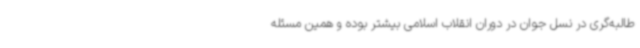
طالبه‌گری در نسل جوان در دوران انقلاب اسلامی بیشتر بوده و همین مسئله